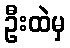
ဦးထဲမှ